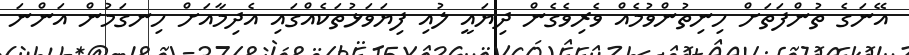
އޭނަގެ ތުންފަތަށް ހިނިތުންވުމެއް ވެރިވެގެން ދިޔައީ ލުއި ފިޔަވަޅުތަކެއްގައި އެދިމާއަށް ހިނގަމުން އަންނަ